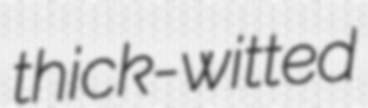
thick-witted